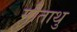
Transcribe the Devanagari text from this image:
मौताथु